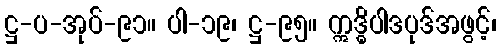
ဋ္ဌ-ပ-အုပ်-၉၁။ ပါ-၁၉၊ ဋ္ဌ-၉၅။ ဣဒ္ဓိပါဒပုဒ်အဖွင့်၊